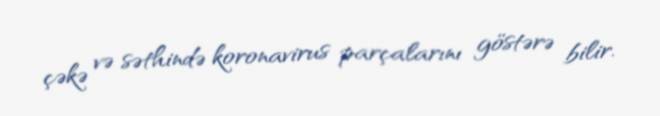
çəkə və səthində koronavirus parçalarını göstərə bilir.